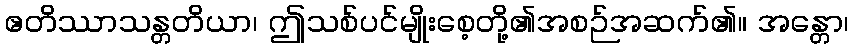
ဧတိဿာသန္တတိယာ၊ ဤသစ်ပင်မျိုးစေ့တို့၏အစဉ်အဆက်၏။ အန္တော၊